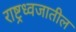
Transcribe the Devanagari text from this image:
राष्ट्रध्वजातील